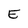
Character: E